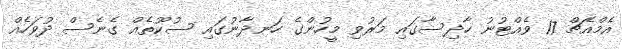
އެމްއެޗް 17 ވެއްޓުނު ހާދިސާގައި މަރުވި މީހުންގެ ހަނދާނުގައި ސުކޫތެއް ގެނެސް ދުވަހެއް